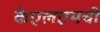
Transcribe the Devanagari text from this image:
केएलएमची